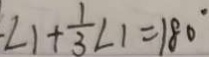
\cdot \angle 1 + \frac { 1 } { 3 } \angle 1 = 1 8 0 ^ { \circ }